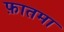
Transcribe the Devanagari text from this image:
फ़ातमा